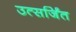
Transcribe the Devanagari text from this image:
उत्सर्जिंत